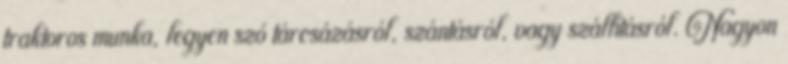
traktoros munka, legyen szó tárcsázásról, szántásról, vagy szállításról. Nagyon